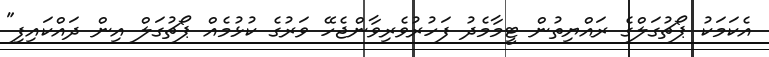
އެކަމަކު ޕޯޗުގަލްގެ ރައްޔިތުން ޓީމާމެދު ފަހުރުވެރިވާންޖެހޭ ވަރުގެ ކުޅުމެއް ޕޯޗުގަލް އިން ދައްކައިފި"